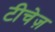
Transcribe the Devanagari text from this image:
टीचेज़